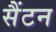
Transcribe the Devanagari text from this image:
सैंटन